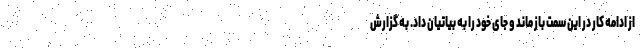
از ادامه کار در این سمت باز ماند و جای خود را به بیاتیان داد. به گزارش